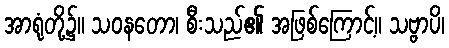
အာရုံတို့၌။ သဝနတော၊ စီးသည်၏ အဖြစ်ကြောင့်။ သဗ္ဗာပိ၊